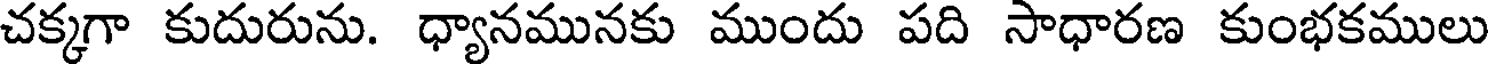
చక్కగా కుదురును. ధ్యానమునకు ముందు పది సాధారణ కుంభకములు